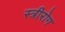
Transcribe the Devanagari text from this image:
स्‍त्रीरोग